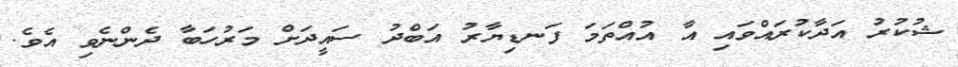
ޝުކުރު އަދާކުރައްވައި އާ އުއްތަމަ ފަނޑިޔާރު އަބްދު ސައީދަށް މަރުހަބާ ދެންނެވި އެވެ.